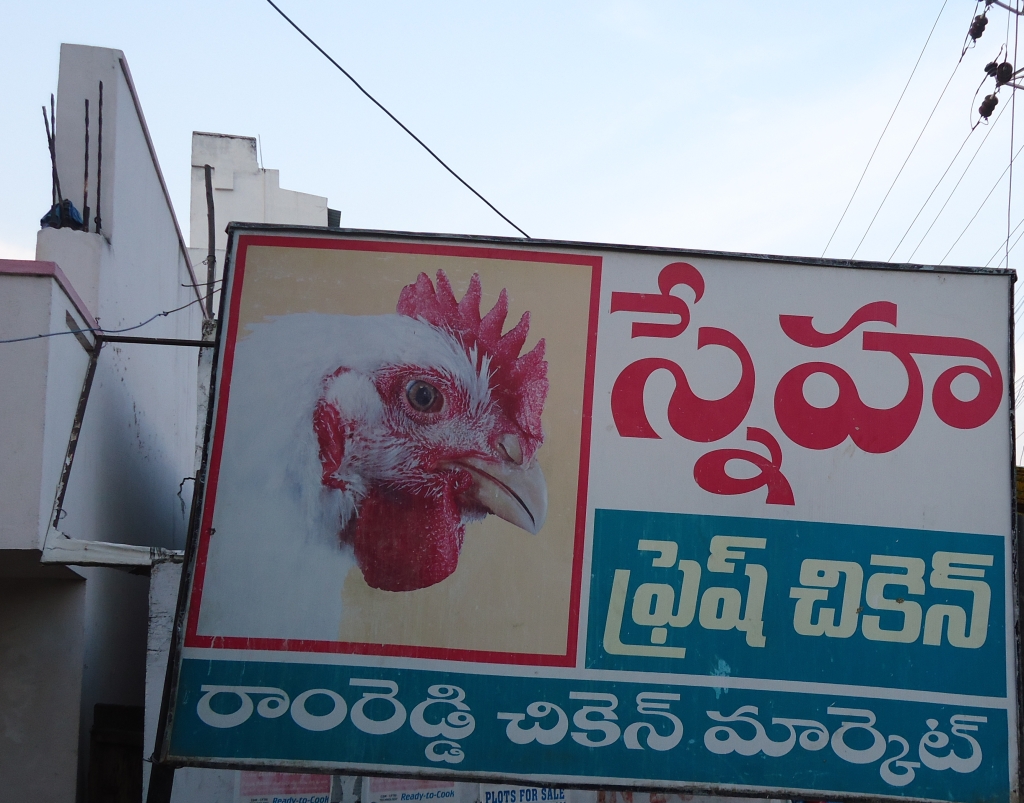
Language: telugu
Transcription: స్నేహ ఫ్రెష్ రాంరెడ్డి చికెన్ మార్కెట్ చికెన్